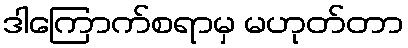
ဒါကြောက်စရာမှ မဟုတ်တာ